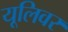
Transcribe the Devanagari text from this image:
यूलिवर